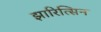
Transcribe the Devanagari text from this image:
झारित्सिन